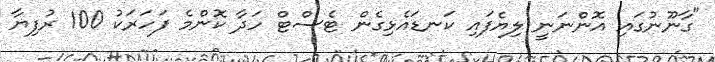
"ގާނޫނުގައި އޮންނަނީ ލިޔެފައި ކަނޑައެޅިގެން ޓެސްޓް ހަދާ ކޮންމެ ފަހަރަކު 100 ރުފިޔާ